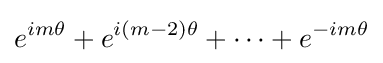
e^{im\theta }+e^{i(m-2)\theta }+\cdots +e^{-im\theta }